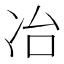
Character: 冶